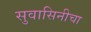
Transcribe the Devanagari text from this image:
सुवासिनीचा